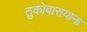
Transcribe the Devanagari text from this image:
तुकोबारायाना